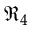
\Re _ { 4 }